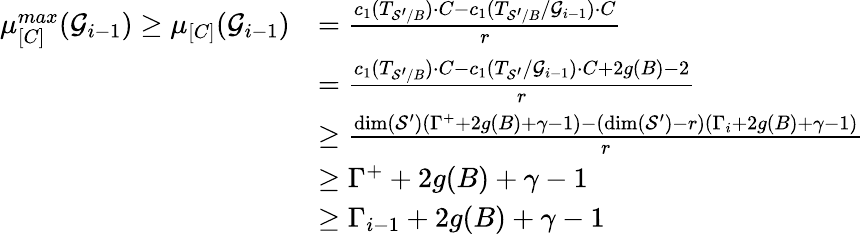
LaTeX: \begin{array}{rl}{\mu_{[C]}^{max}(\mathcal{G}_{i-1})\geq\mu_{[C]}(\mathcal{G}_{i-1})}&{=\frac{c_{1}(T_{\mathcal{S}^{\prime}/B})\cdot C-c_{1}(T_{\mathcal{S}^{\prime}/B}/\mathcal{G}_{i-1})\cdot C}{r}}\\ &{=\frac{c_{1}(T_{\mathcal{S}^{\prime}/B})\cdot C-c_{1}(T_{\mathcal{S}^{\prime}}/\mathcal{G}_{i-1})\cdot C+2g(B)-2}{r}}\\ &{\geq\frac{\dim(\mathcal{S}^{\prime})(\Gamma^{+}+2g(B)+\gamma-1)-(\dim(\mathcal{S}^{\prime})-r)(\Gamma_{i}+2g(B)+\gamma-1)}{r}}\\ &{\geq\Gamma^{+}+2g(B)+\gamma-1}\\ &{\geq\Gamma_{i-1}+2g(B)+\gamma-1}\end{array}